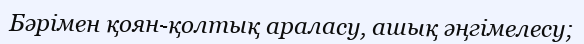
Бәрімен қоян-қолтық араласу, ашық әңгімелесу;